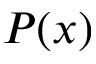
P ( x )